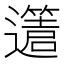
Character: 𨘥